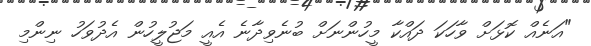
"އަނެއް ކޮޅަށް ވާހަކަ ދައްކާ މީހުންނަށް ބުނެވިދާނެ އެއީ މަޖުލީހުން އެދުވަހު ނިންމި